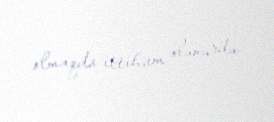
olmaqda ittiham olunurdu.